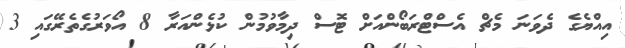
އިއްޔެގެ ދެވަނަ މެޗް އެސްޓްރަބޯންއަށް ޓޮސް ދިމާވުމުން ކުޅެންއަރާ 8 އޯވަރުގެތެރޭގައި 3